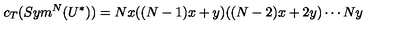
c _ { T } ( S y m ^ { N } ( U ^ { * } ) ) = N x ( ( N - 1 ) x + y ) ( ( N - 2 ) x + 2 y ) \cdots N y